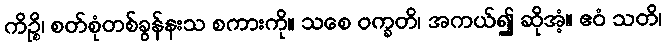
ကိဉ္စိ၊ စတ်စုံတစ်ခွန်နးသ စကားကို။ သစေ ဝက္ခတိ၊ အကယ်၍ ဆိုအံ့။ ဧဝံ သတိ၊